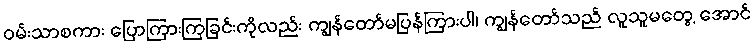
ဝမ်းသာစကား ပြောကြားကြခြင်းကိုလည်း ကျွန်တော်မပြန်ကြားပါ၊ ကျွန်တော်သည် လူသူမတွေ့ အောင်